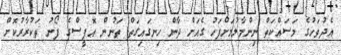
އެދުވަހުގެ މަސައްކަތް ނިންމާލުމަށްފަހު ގެއަށް ދާން ހިނގައިގަތް ތަނުން އޮފީސްގެ ފޯނު ތަކުރާރުކޮށް